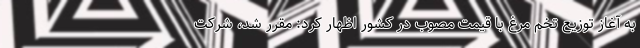
به آغاز توزیع تخم مرغ با قیمت مصوب در کشور اظهار کرد: مقرر شد، شرکت